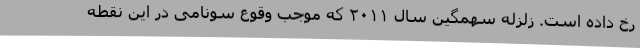
رخ داده است. زلزله سهمگین سال ۲۰۱۱ که موجب وقوع سونامی در این نقطه